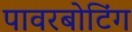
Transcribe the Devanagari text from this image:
पावरबोटिंग